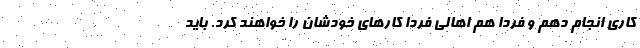
کاری انجام دهم و فردا هم اهالی فردا کارهای خودشان را خواهند کرد. باید